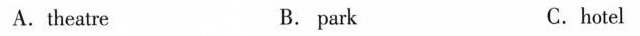
A.theatre B. park C.hotel